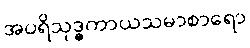
အပရိသုဒ္ဓကာယသမာစာရော